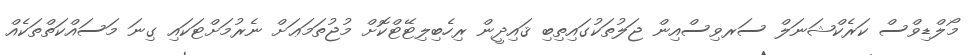
މޯލްޑިވްސް ކަރެކްޝަނަލް ސަރވިސްއިން ޖަލުތަކުގައިތިބި ޤައިދީން ރިހެބިލިޓޭޓްކޮށް މުޖުތަމަޢަށް ނެރުމަށްޓަކައި ގިނަ މަސައްކަތްތަކެއް